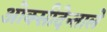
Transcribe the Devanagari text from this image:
ओक्सीदेन्ताले